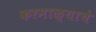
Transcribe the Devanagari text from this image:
करमाळ्याचे